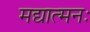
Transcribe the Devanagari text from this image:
मद्यात्मनः